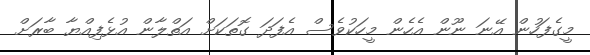
މީގެފަހުން އޭނަ ނޫން އެހެން މީހަކުވެސް އެފަދަ ގޮތަކަށް އަތްލާން އުޅެފިއްޔާ ބާރަށް